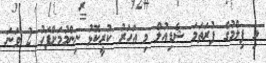
މި ފިލްމުގެ ފުރަތަމަ ޝެޑިއުލް މި އަހަރު ކުރީކޮޅު ނިންމުމަށްފަހު 2 ވަނަ